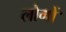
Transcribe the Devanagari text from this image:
लोगोंॱ